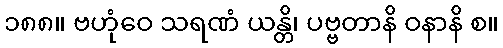
၁၈၈။ ဗဟုံဝေ သရဏံ ယန္တိ၊ ပဗ္ဗတာနိ ဝနာနိ စ။